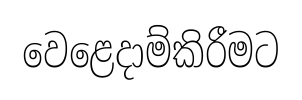
වෙළෙදාම්කිරීමට